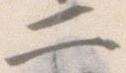
二